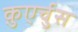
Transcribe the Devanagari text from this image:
क़ुएर्चुस